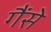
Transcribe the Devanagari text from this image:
गैंसे